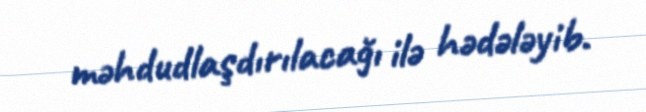
məhdudlaşdırılacağı ilə hədələyib.